Indian journal of veterinary science and animal husbandry - Volume 6,
Year: 1936
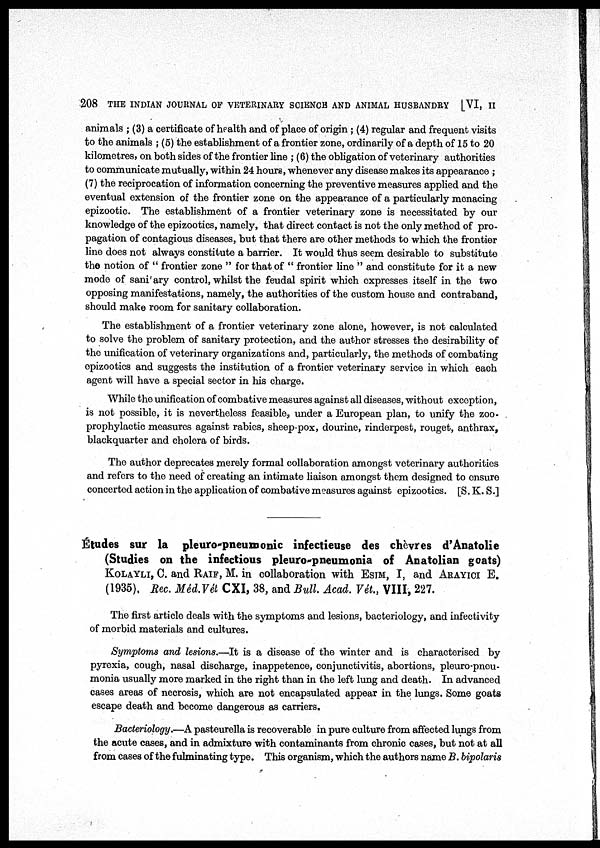
208 THE INDIAN JOURNAL OF VETERINARY SCIENCE AND ANIMAL HUSBANDRY [VI, II
animals ; (3) a certificate of health and of place of origin ; (4) regular and frequent visits
to the animals ; (5) the establishment of a frontier zone, ordinarily of a depth of 15 to 20
kilometres, on both sides of the frontier line ; (6) the obligation of veterinary authorities
to communicate mutually, within 24 hours, whenever any disease makes its appearance ;
(7) the reciprocation of information concerning the preventive measures applied and the
eventual extension of the frontier zone on the appearance of a particularly menacing
epizootic. The establishment of a frontier veterinary zone is necessitated by our
knowledge of the epizootics, namely, that direct contact is not the only method of pro-
pagation of contagious diseases, but that there are other methods to which the frontier
line does not always constitute a barrier. It would thus seem desirable to substitute
the notion of " frontier zone " for that of " frontier line " and constitute for it a new
mode of sani ary control, whilst the feudal spirit which expresses itself in the two
opposing manifestations, namely, the authorities of the custom house and contraband,
should make room for sanitary collaboration.
The establishment of a frontier veterinary zone alone, however, is not calculated
to solve the problem of sanitary protection, and the author stresses the desirability of
the unification of veterinary organizations and, particularly, the methods of combating
epizootics and suggests the institution of a frontier veterinary service in which each
agent will have a special sector in his charge.
While the unification of combative measures against all diseases, without exception,
is not possible, it is nevertheless feasible, under a European plan, to unify the zoo-
prophylactic measures against rabies, sheep-pox, dourine, rinderpest, rouget, anthrax,
blackquarter and cholera of birds.
The author deprecates merely formal collaboration amongst veterinary authorities
and refers to the need of creating an intimate liaison amongst them designed to ensure
concerted action in the application of combative measures against epizootics. [S. K. S.]
Etudes sur la pleuro-pneumonic infectieuse des chevres d'Anatolie
(Studies on the infectious pleuro-pneumonia of Anatolian goats)
KOLAYLI, C. and RAIF, M. in collaboration with ESIM, I, and ARAYICI E.
(1935), Rec. Méd.Vét CXI, 38, and Bull. Acad. Vét., VIII, 227.
The first article deals with the symptoms and lesions, bacteriology, and infectivity
of morbid materials and cultures.
Symptoms and lesions.—It is a disease of the winter and is characterised by
pyrexia, cough, nasal discharge, inappetence, conjunctivitis, abortions, pleuro-pncu-
monia usually more marked in the right than in the left lung and death. In advanced
cases areas of necrosis, which are not encapsulated appear in the lungs. Some goats
escape death and become dangerous as carriers.
Bacteriology.—A pasteurella is recoverable in pure culture from affected lungs from
the acute cases, and in admixture with contaminants from chronic cases, but not at all
from cases of the fulminating type. This organism, which the authors name B. bipolaris